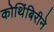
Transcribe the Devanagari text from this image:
कोथिंबिरीने